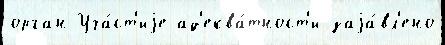
орган Уча́ст'иjе ад'еква́тност'и заjа́вл'ено